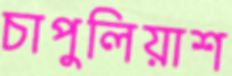
চাপুলিয়াশ